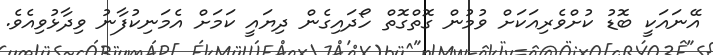
އޭނައަކީ ބޮޑު ކުށްވެރިއަކަށް ވުމުން ގޮތްގޮތް ހޯދައިގެން ދިޔައީ ކަމަށް އެމަނިކުފާނު ވިދާޅުވިއެވެ.